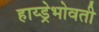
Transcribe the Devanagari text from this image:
हाय्ड्रेभोवती